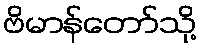
ဗိမာန်တော်သို့